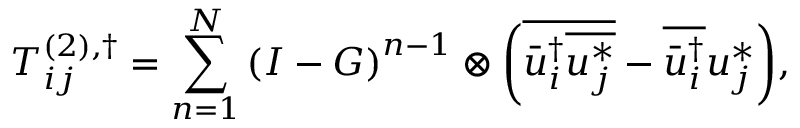
T _ { i j } ^ { \left( 2 \right) , \dag } = \sum _ { n = 1 } ^ { N } { { { \left( { I - G } \right) } ^ { n - 1 } } \otimes \left( { \overline { { \bar { u } _ { i } ^ { \dag } \overline { { u _ { j } ^ { * } } } } } - \overline { { \bar { u } _ { i } ^ { \dag } } } u _ { j } ^ { * } } \right) } ,